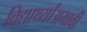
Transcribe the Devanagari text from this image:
विद्यार्थ्यांअभावी